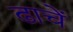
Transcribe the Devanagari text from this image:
ढाचें